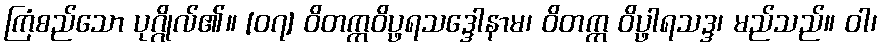
ကြံစည်သော ပုဂ္ဂိုလ်၏။ [၀၇] ဝိတက္ကဝိပ္ဖရသဒ္ဒေါနာမ၊ ဝိတက္က ဝိပ္ဖာရသဒ္ဒ၊ မည်သည်။ ဝါ၊